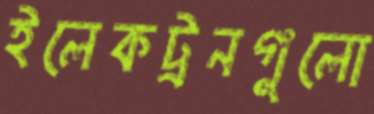
ইলেকট্রনগুলো